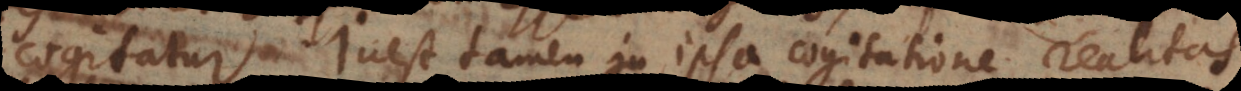
cogitatur. Inest tamen in ipsa cogitatione realitas